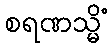
စရဏသ္မိံ